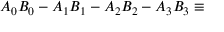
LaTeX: A _ { 0 } B _ { 0 } - A _ { 1 } B _ { 1 } - A _ { 2 } B _ { 2 } - A _ { 3 } B _ { 3 } \equiv